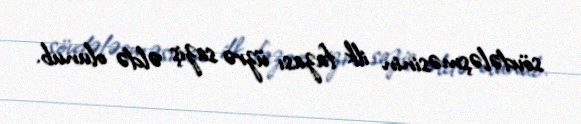
sövdələşməsinin ilk fazası üzrə saziş əldə olunub.